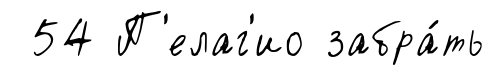
54 П'елаг'ио забра́ть